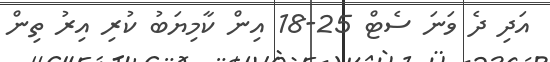
އަދި ދެ ވަނަ ސެޓް 25-18 އިން ކާމިޔަބު ކުރި އިރު ތިން